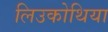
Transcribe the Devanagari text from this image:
लिउकोथिया